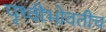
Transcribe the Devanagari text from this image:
पृथ्वीभोवतीच